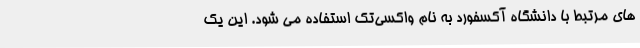
های مرتبط با دانشگاه آکسفورد به نام واکسی‌تک استفاده می شود. این یک